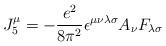
LaTeX: \begin{align*}J_5^\mu=-\frac{e^2}{8\pi^2}\epsilon^{\mu\nu\lambda\sigma}A_{\nu}F_{\lambda\sigma}\end{align*}